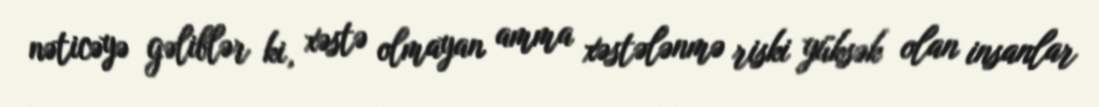
nəticəyə gəliblər ki, xəstə olmayan amma xəstələnmə riski yüksək olan insanlar